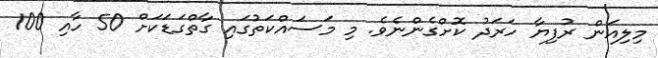
މިލިއަން ރުފިޔާ ހަރަދު ކޮށްގެންނެވެ. މި މަސައްކަތުގައި ގާތްގަޑަކަށް 50 ހާއި 100